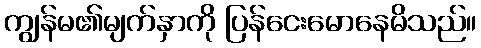
ကျွန်မ၏မျက်နှာကို ပြန်ငေးမောနေမိသည်။